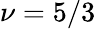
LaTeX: \nu=5/3